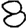
Digit: 8